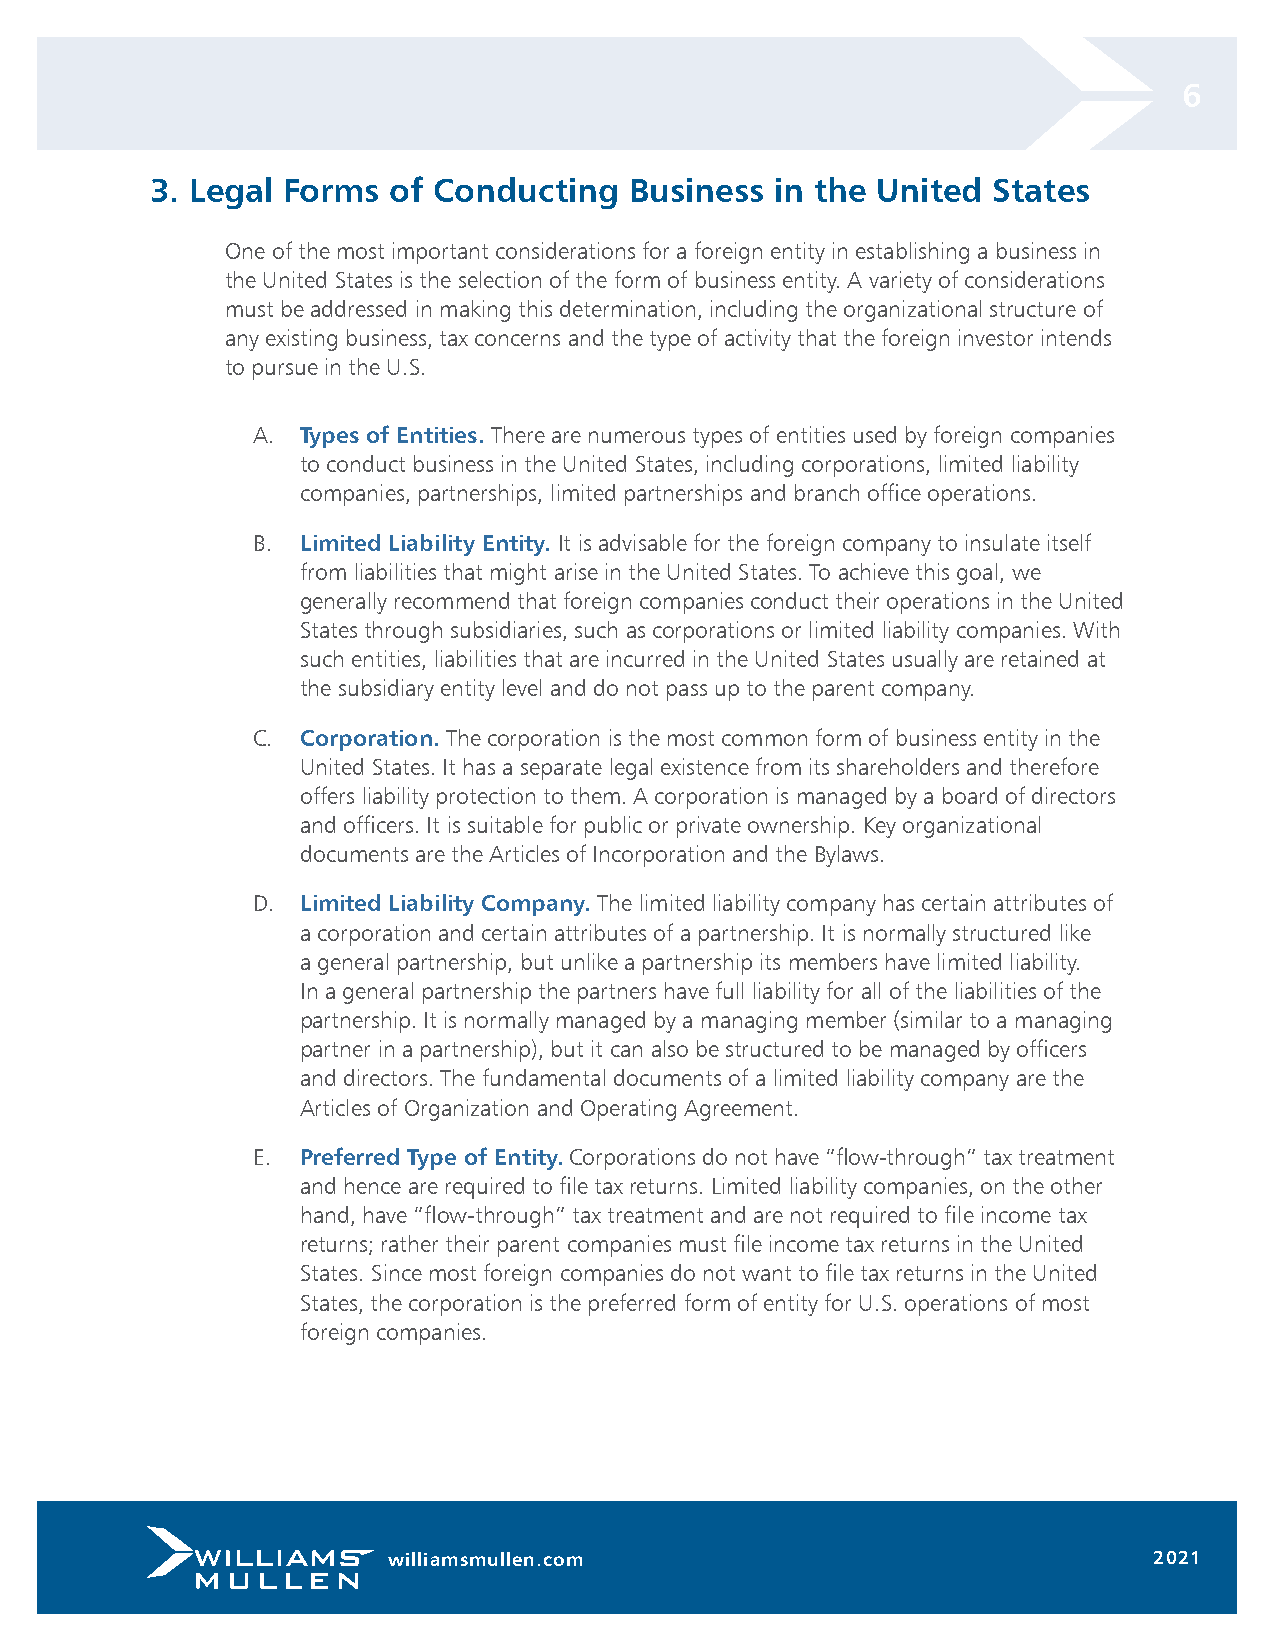
6
 3. Legal Forms  of Conducting   Business in the United  States
 One of the most important considerations for a foreign entity in establishing a business in
 the United States is the selection of the form of business entity. A variety of considerations
 must be addressed in making this determination, including the organizational structure of
 any existing business, tax concerns and the type of activity that the foreign investor intends
 to pursue in the U.S.
 A. Types of Entities. There are numerous types of entities used by foreign companies
 to conduct business in the United States, including corporations, limited liability
 companies, partnerships, limited partnerships and branch office operations.
 B. Limited Liability Entity. It is advisable for the foreign company to insulate itself
 from liabilities that might arise in the United States. To achieve this goal, we
 generally recommend that foreign companies conduct their operations in the United
 States through subsidiaries, such as corporations or limited liability companies. With
 such entities, liabilities that are incurred in the United States usually are retained at
 the subsidiary entity level and do not pass up to the parent company.
 C. Corporation. The corporation is the most common form of business entity in the
 United States. It has a separate legal existence from its shareholders and therefore
 offers liability protection to them. A corporation is managed by a board of directors
 and officers. It is suitable for public or private ownership. Key organizational
 documents are the Articles of Incorporation and the Bylaws.
 D. Limited Liability Company. The limited liability company has certain attributes of
 a corporation and certain attributes of a partnership. It is normally structured like
 a general partnership, but unlike a partnership its members have limited liability.
 In a general partnership the partners have full liability for all of the liabilities of the
 partnership. It is normally managed by a managing member (similar to a managing
 partner in a partnership), but it can also be structured to be managed by officers
 and directors. The fundamental documents of a limited liability company are the
 Articles of Organization and Operating Agreement.
 E. Preferred Type of Entity. Corporations do not have “flow-through” tax treatment
 and hence are required to file tax returns. Limited liability companies, on the other
 hand, have “flow-through” tax treatment and are not required to file income tax
 returns; rather their parent companies must file income tax returns in the United
 States. Since most foreign companies do not want to file tax returns in the United
 States, the corporation is the preferred form of entity for U.S. operations of most
 foreign companies.
 williamsmullen.com                                2021